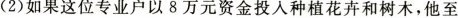
(2)如果这位专业户以8万元资金投入种植花卉和树木，他至